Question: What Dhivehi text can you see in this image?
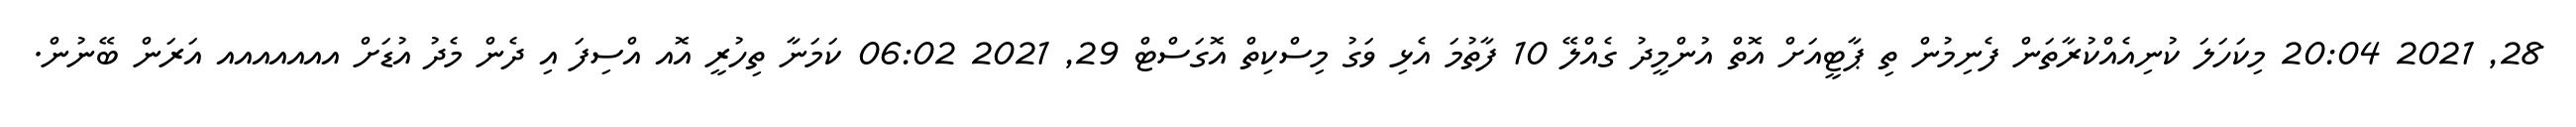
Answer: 28, 2021 20:04 މިކަހަލަ ކުނިއެއްކުރާތަން ފެނިމުން ތި ޕާޓީއަށް އޮތް އުންމީދު ގެއްލޭ 10 ފާތުމަ އެޅި ވަގު މިސްކިތް އޮގަސްޓް 29, 2021 06:02 ކަމަނާ ތިހުރީ އޮއ އްސިފަ އި ދެން މެދު އުޑަށް އއއއއއއ އަރަން ބޭނުން.